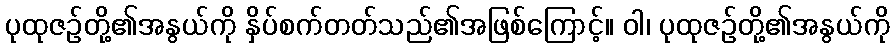
ပုထုဇဉ်တို့၏အနွယ်ကို နှိပ်စက်တတ်သည်၏အဖြစ်ကြောင့်။ ဝါ၊ ပုထုဇဉ်တို့၏အနွယ်ကို